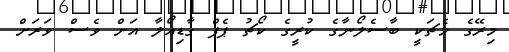
މިރޭގެ މެޗަކީ ބާސެލޯނާގެ ކުރީގެ ކޯޗު ޕެޕް ގާޑިއޯލާ އަށް ވެސް ވަރަށް